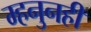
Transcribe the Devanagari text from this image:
म्हनुनही